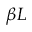
\beta L